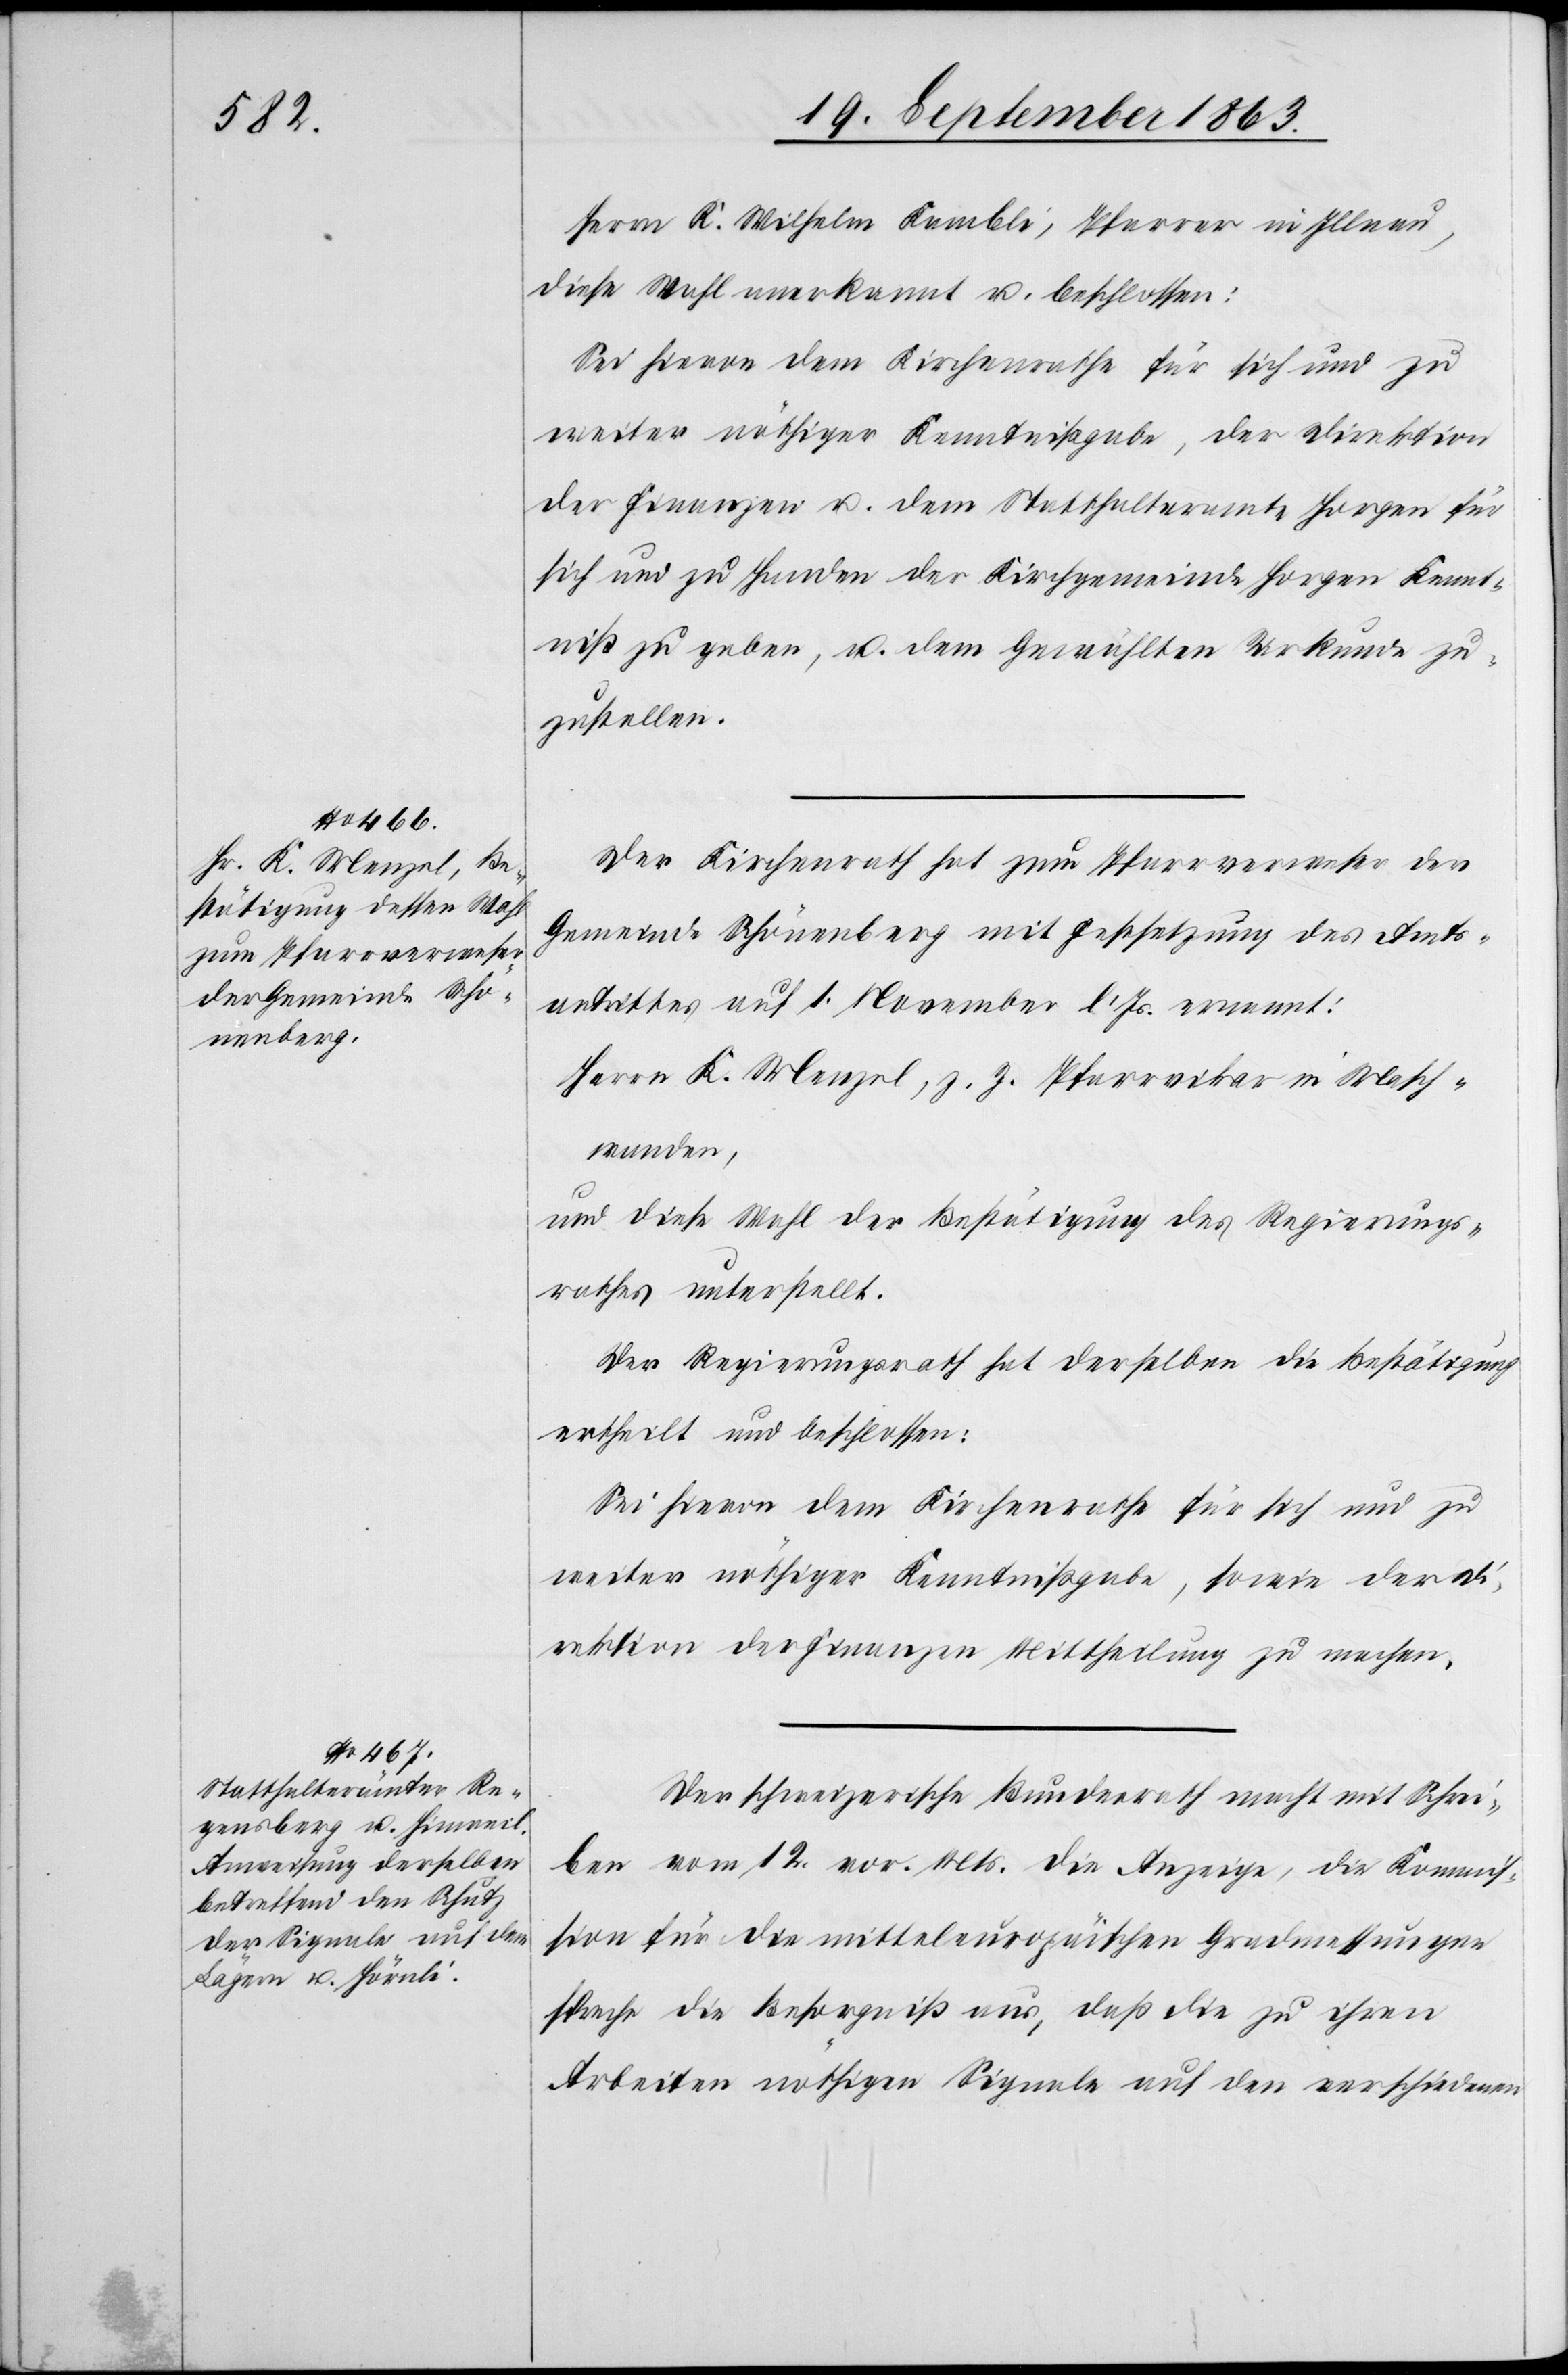
Herrn K. Wilhelm Kambli, Pfarrer in Illnau,
diese Wahl anerkannt u. beschlossen:
weiter nöthiger Kenntnißgabe, der Direktion
der Finanzen u. dem Statthalteramte Horgen für
sich und zu Handen der Kirchgemeinde Horgen Kennt¬
niß zu geben, u. dem Gewählten Urkunde zu¬
zustellen.
Der Kirchenrath hat zum Pfarrverweser der
Gemeinde Schönenberg mit Festsetzung des Amts¬
antrittes auf 1. November l. Js. ernannt:
Herrn K. Menzel, z. Z. Pfarrvikar in Masch¬
wanden,
und diese Wahl der Bestätigung des Regierungs¬
rathes unterstellt.
Der Regierungsrath hat derselben die Bestätigung
ertheilt u. beschlossen:
Sei hievon dem Kirchenrathe für sich und zu
weiter nöthiger Kenntnißgabe, sowie der Di¬
rektion der Finanzen Mittheilung zu machen.
Der schweizerische Bundesrath macht mit Schrei¬
ben vom 12. vor. Mts. die Anzeige, die Kommis¬
sion für die mitteleuropäischen Gradmessungen
spreche die Besorgniß aus, daß die zu ihren
Arbeiten nöthigen Signale auf den verschiedenen